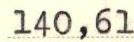
140,61